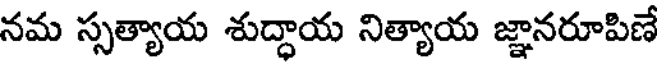
నమ స్సత్యాయ శుద్ధాయ నిత్యాయ జ్ఞానరూపిణే